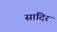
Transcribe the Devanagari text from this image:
सादिर